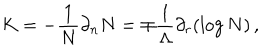
LaTeX: K = - \frac { 1 } { N } \partial _ { n } N = \mp \frac { 1 } { \Lambda } \partial _ { r } ( \log N ) \, ,